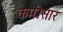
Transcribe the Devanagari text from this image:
कमीसार